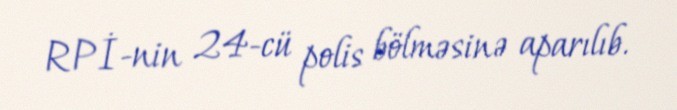
RPİ-nin 24-cü polis bölməsinə aparılıb.